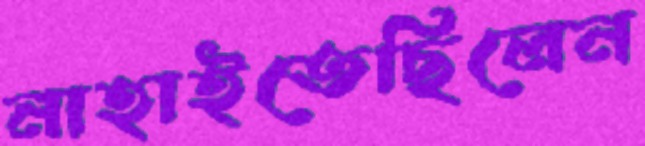
নাহাইতেছিলেন